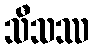
သီသဿ